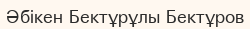
Әбікен Бектұрұлы Бектұров